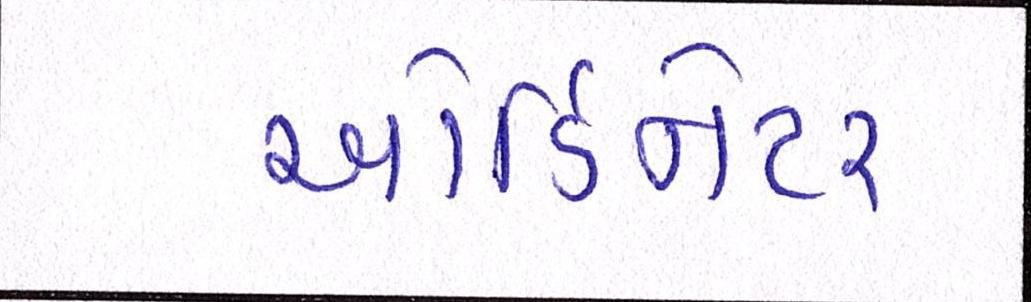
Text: ઓર્ડિનેટર